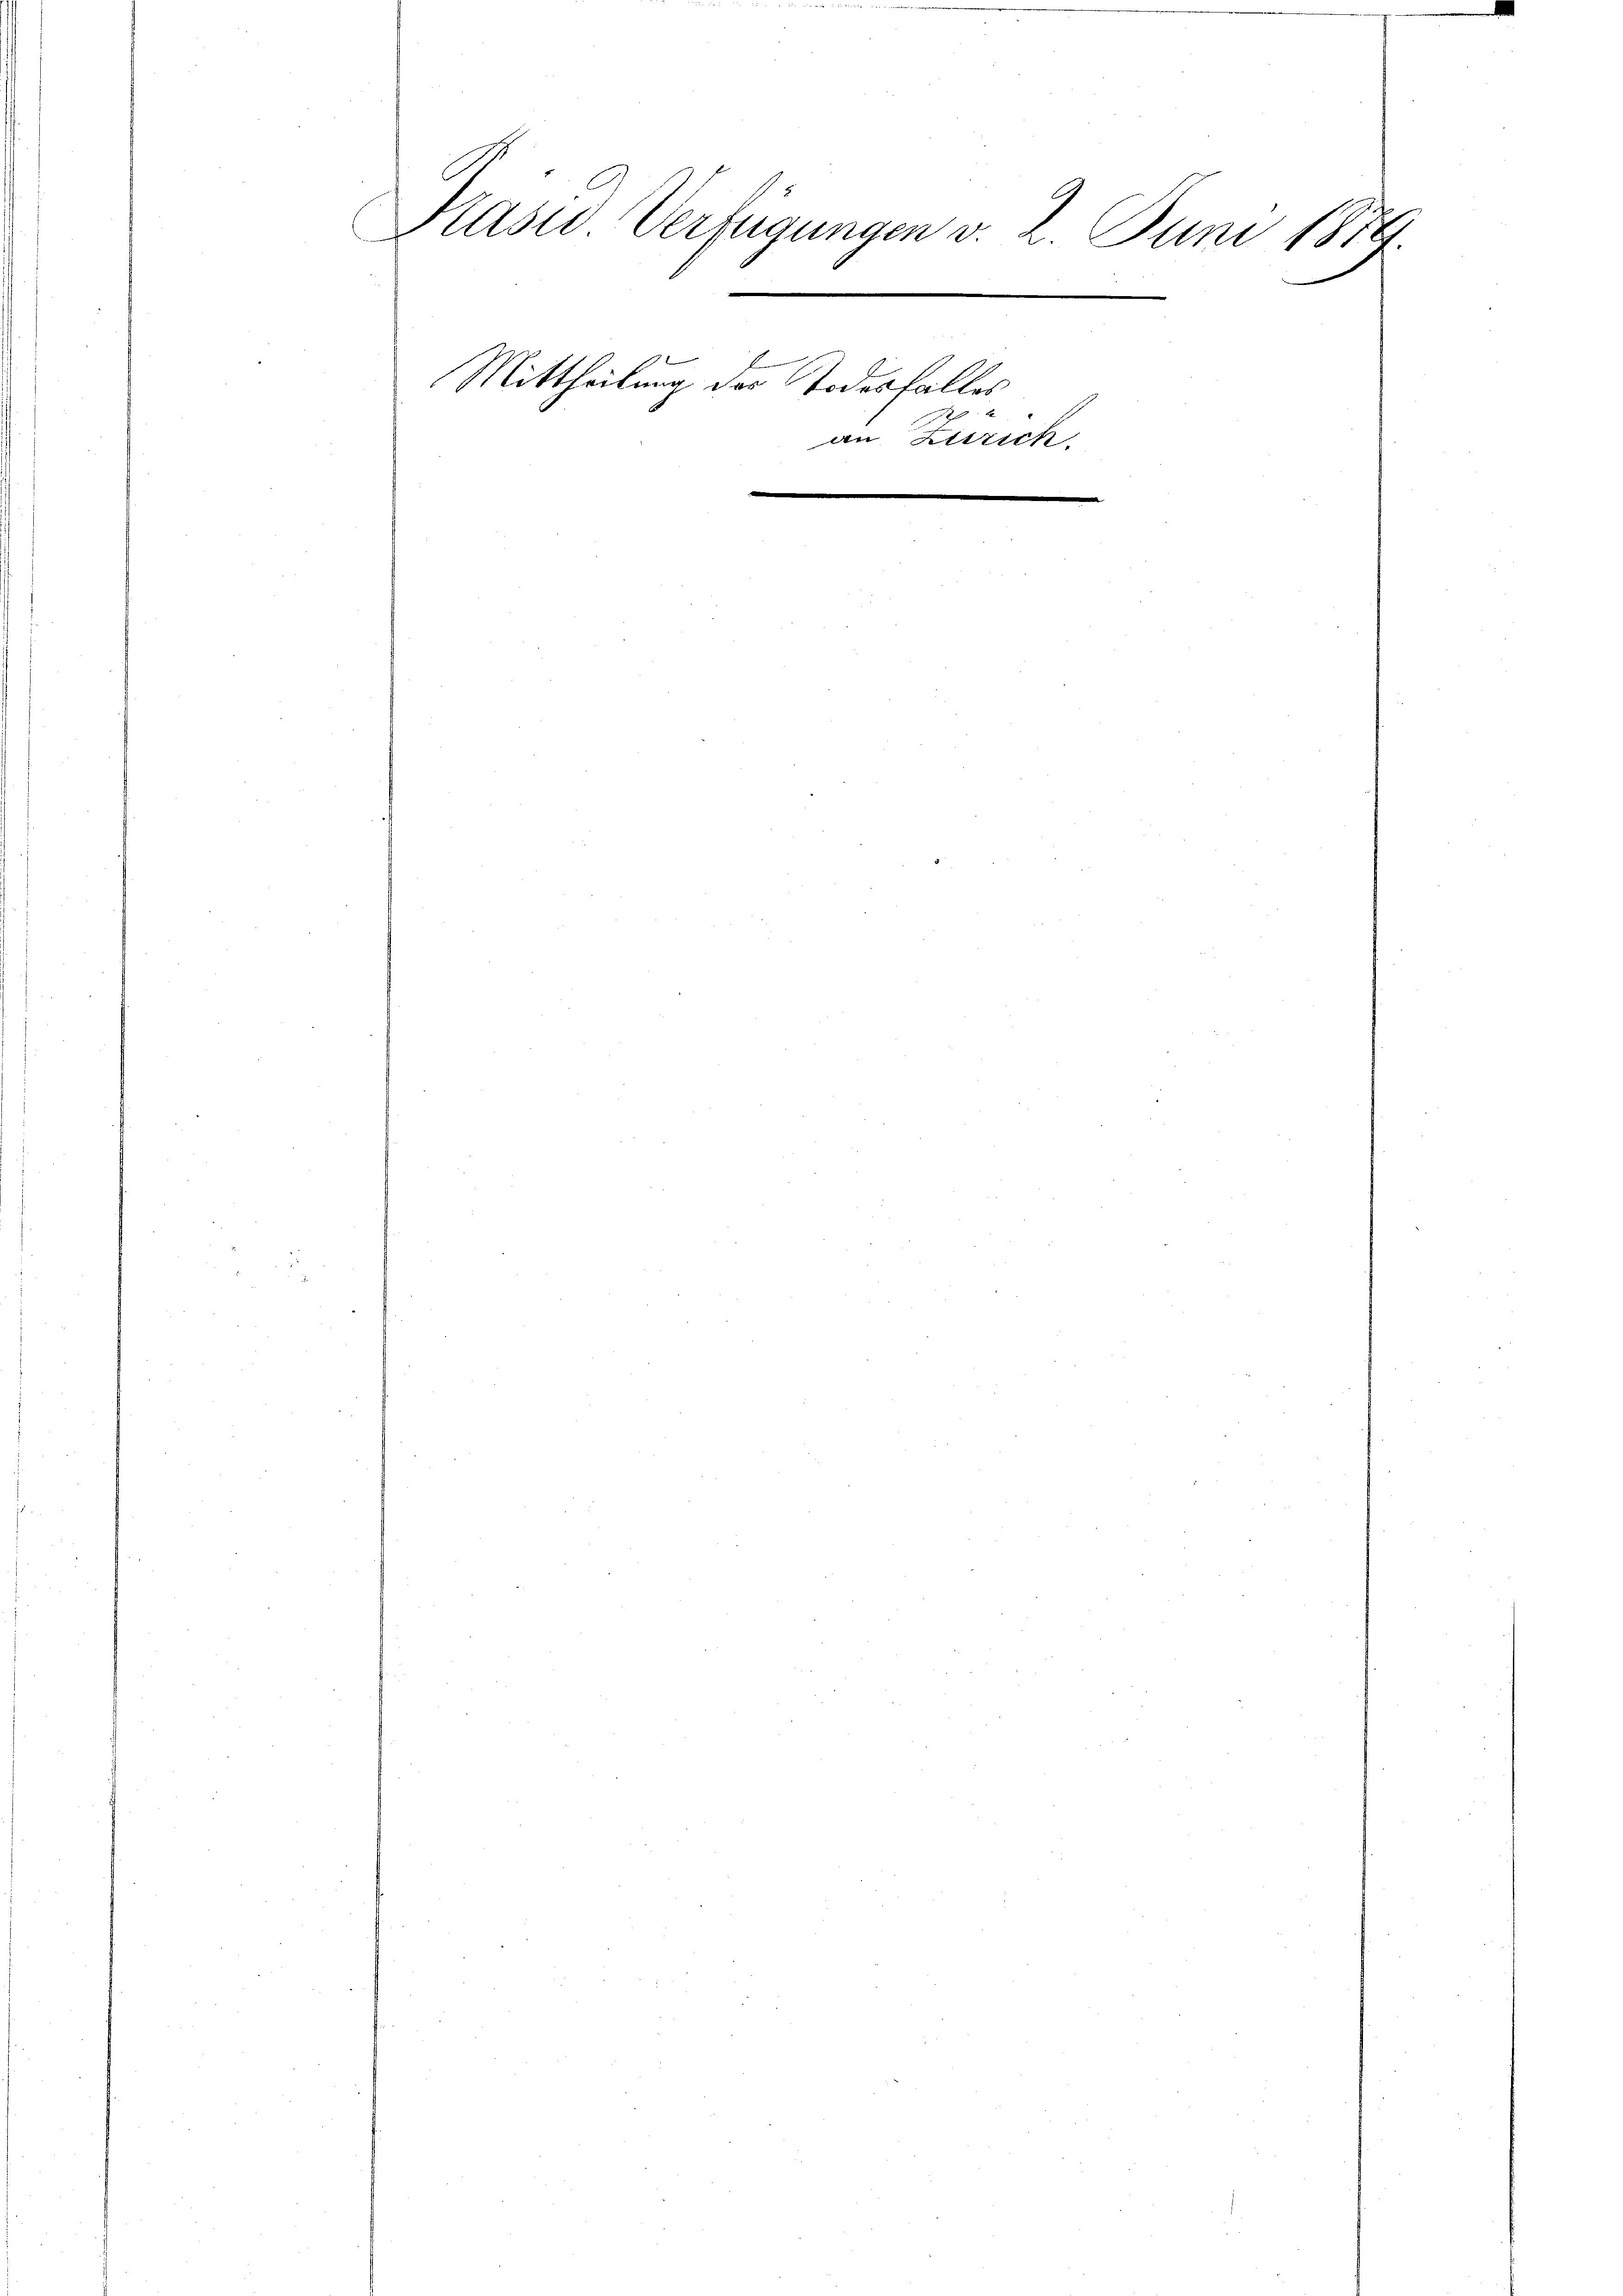
Präsid Verfügungen v. 2. Juni 1879.
e
7
1
Mittheilung des Todesfalles
|

in Zürich.